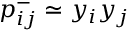
p _ { i j } ^ { - } \simeq y _ { i } y _ { j }